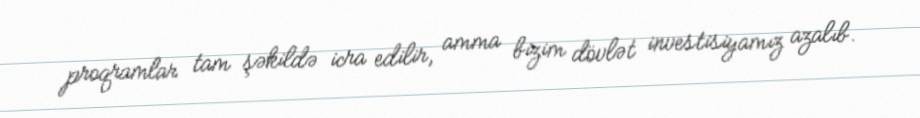
proqramlar tam şəkildə icra edilir, amma bizim dövlət investisiyamız azalıb.